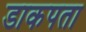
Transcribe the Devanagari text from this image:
डाकपता